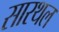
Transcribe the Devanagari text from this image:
सारथल